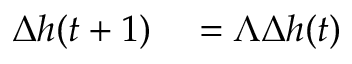
\begin{array} { r l } { \Delta h ( t + 1 ) } & { { } = \Lambda \Delta h ( t ) } \end{array}